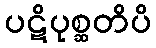
ပဋိပုစ္ဆတိပိ